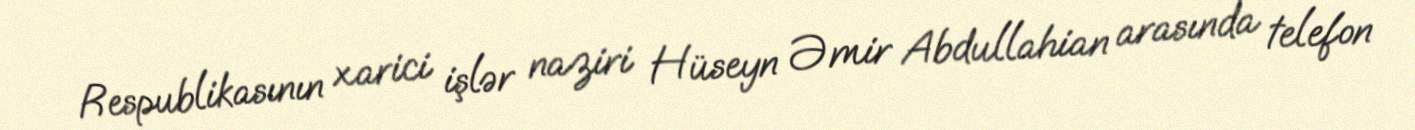
Respublikasının xarici işlər naziri Hüseyn Əmir Abdullahian arasında telefon